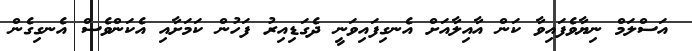
އަސްލަމް ނިޔާވެފައިވާ ކަން އާއިލާއަށް އެނގިފައިވަނީ ދެގަޑިއިރު ފަހުން ކަމަށާއި އެކަންވެސް އެނގިގެން